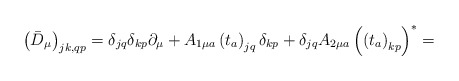
\begin{align*}\left(\bar{D}_\mu\right)_{jk,qp}=\delta_{jq}\delta_{kp}\partial_\mu+A_{1\mu a}\left(t_a\right)_{jq}\delta_{kp}+\delta_{jq}A_{2\mu a}\left(\left(t_a\right)_{kp}\right)^\ast=\end{align*}